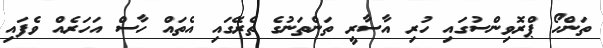
ތަންހޯ ޕްރޮވިންސުގައި ހުރި އާސާރީ ތަންތަނުގެ ތެރޭގައި އެތައް ހާސް އަހަރެއް ވެފައި